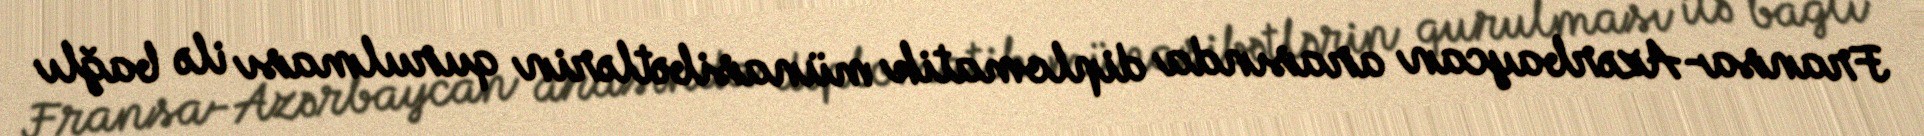
Fransa-Azərbaycan arasında diplomatik münasibətlərin qurulması ilə bağlı